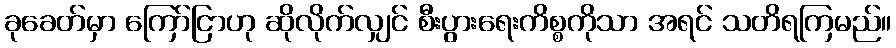
ခုခေတ်မှာ ကြော်ငြာဟု ဆိုလိုက်လျှင် စီးပွားရေးကိစ္စကိုသာ အရင် သတိရကြမည်။